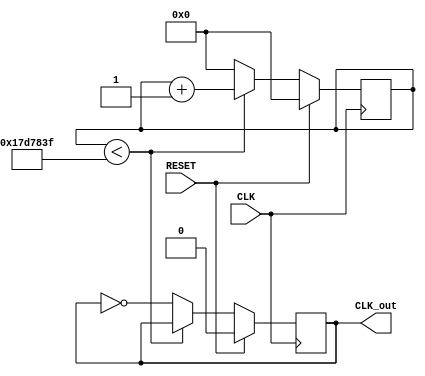
`timescale 1ns / 1ps
//////////////////////////////////////////////////////////////////////////////////
// Company: 
// Engineer: 
// 
// Design Name: 
// Module Name: CLK_1Hz
// Project Name: 
// Target Devices: 
// Tool Versions: 
// Description: 
// 
// Dependencies: 
// 
// Revision:
// Revision 0.01 - File Created
// Additional Comments:
// 
//////////////////////////////////////////////////////////////////////////////////


module CLK_1Hz(
    input CLK,
    input RESET,
    output reg CLK_out
    );
    
    //divide 100Mhz clk into 10Hz
    parameter CLK_PERIOD = 100000000/2/2;
    
    reg [25:0] counter;
    
    always @(posedge CLK) begin
        if (RESET) begin
            counter <= 0;
            CLK_out <= 0;
        end
        else begin
            if (counter < CLK_PERIOD - 1) begin
                counter <= counter + 1;
                CLK_out <= CLK_out;
            end
            else begin
                counter <= 0;
                CLK_out <= ~ CLK_out;
            end
        end
    end
    
endmodule